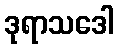
ဒုရာသဒေါ